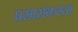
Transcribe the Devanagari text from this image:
प्रसाराकरता